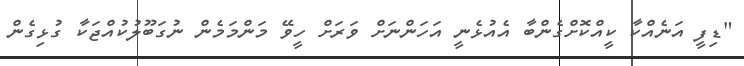
"ޑިފީ އަނެއްކާ ކީއްކޮށްގެންބާ އެއުޅެނީ އަހަންނަށް ވަރަށް ހީވޭ މަންމަމެން ނުގަބޫލުކުއްޖަކާ ގުޅިގެން